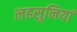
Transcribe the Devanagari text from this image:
लहसुनियां